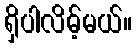
ရှိပါလိမ့်မယ်။